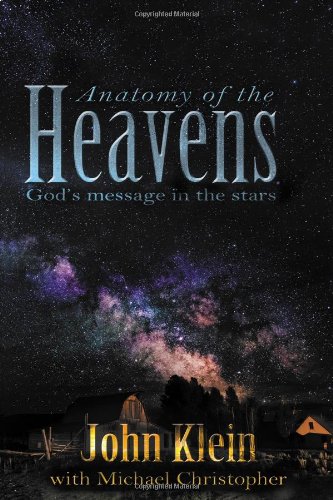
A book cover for Anatomy of the Heavens: God's Message in the Stars; John Klein; Christian Books & Bibles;